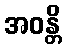
အဝန္တိ